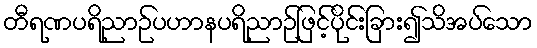
တီရဏပရိညာဉ်ပဟာနပရိညာဉ်ဖြင့်ပိုင်းခြား၍သိအပ်သော